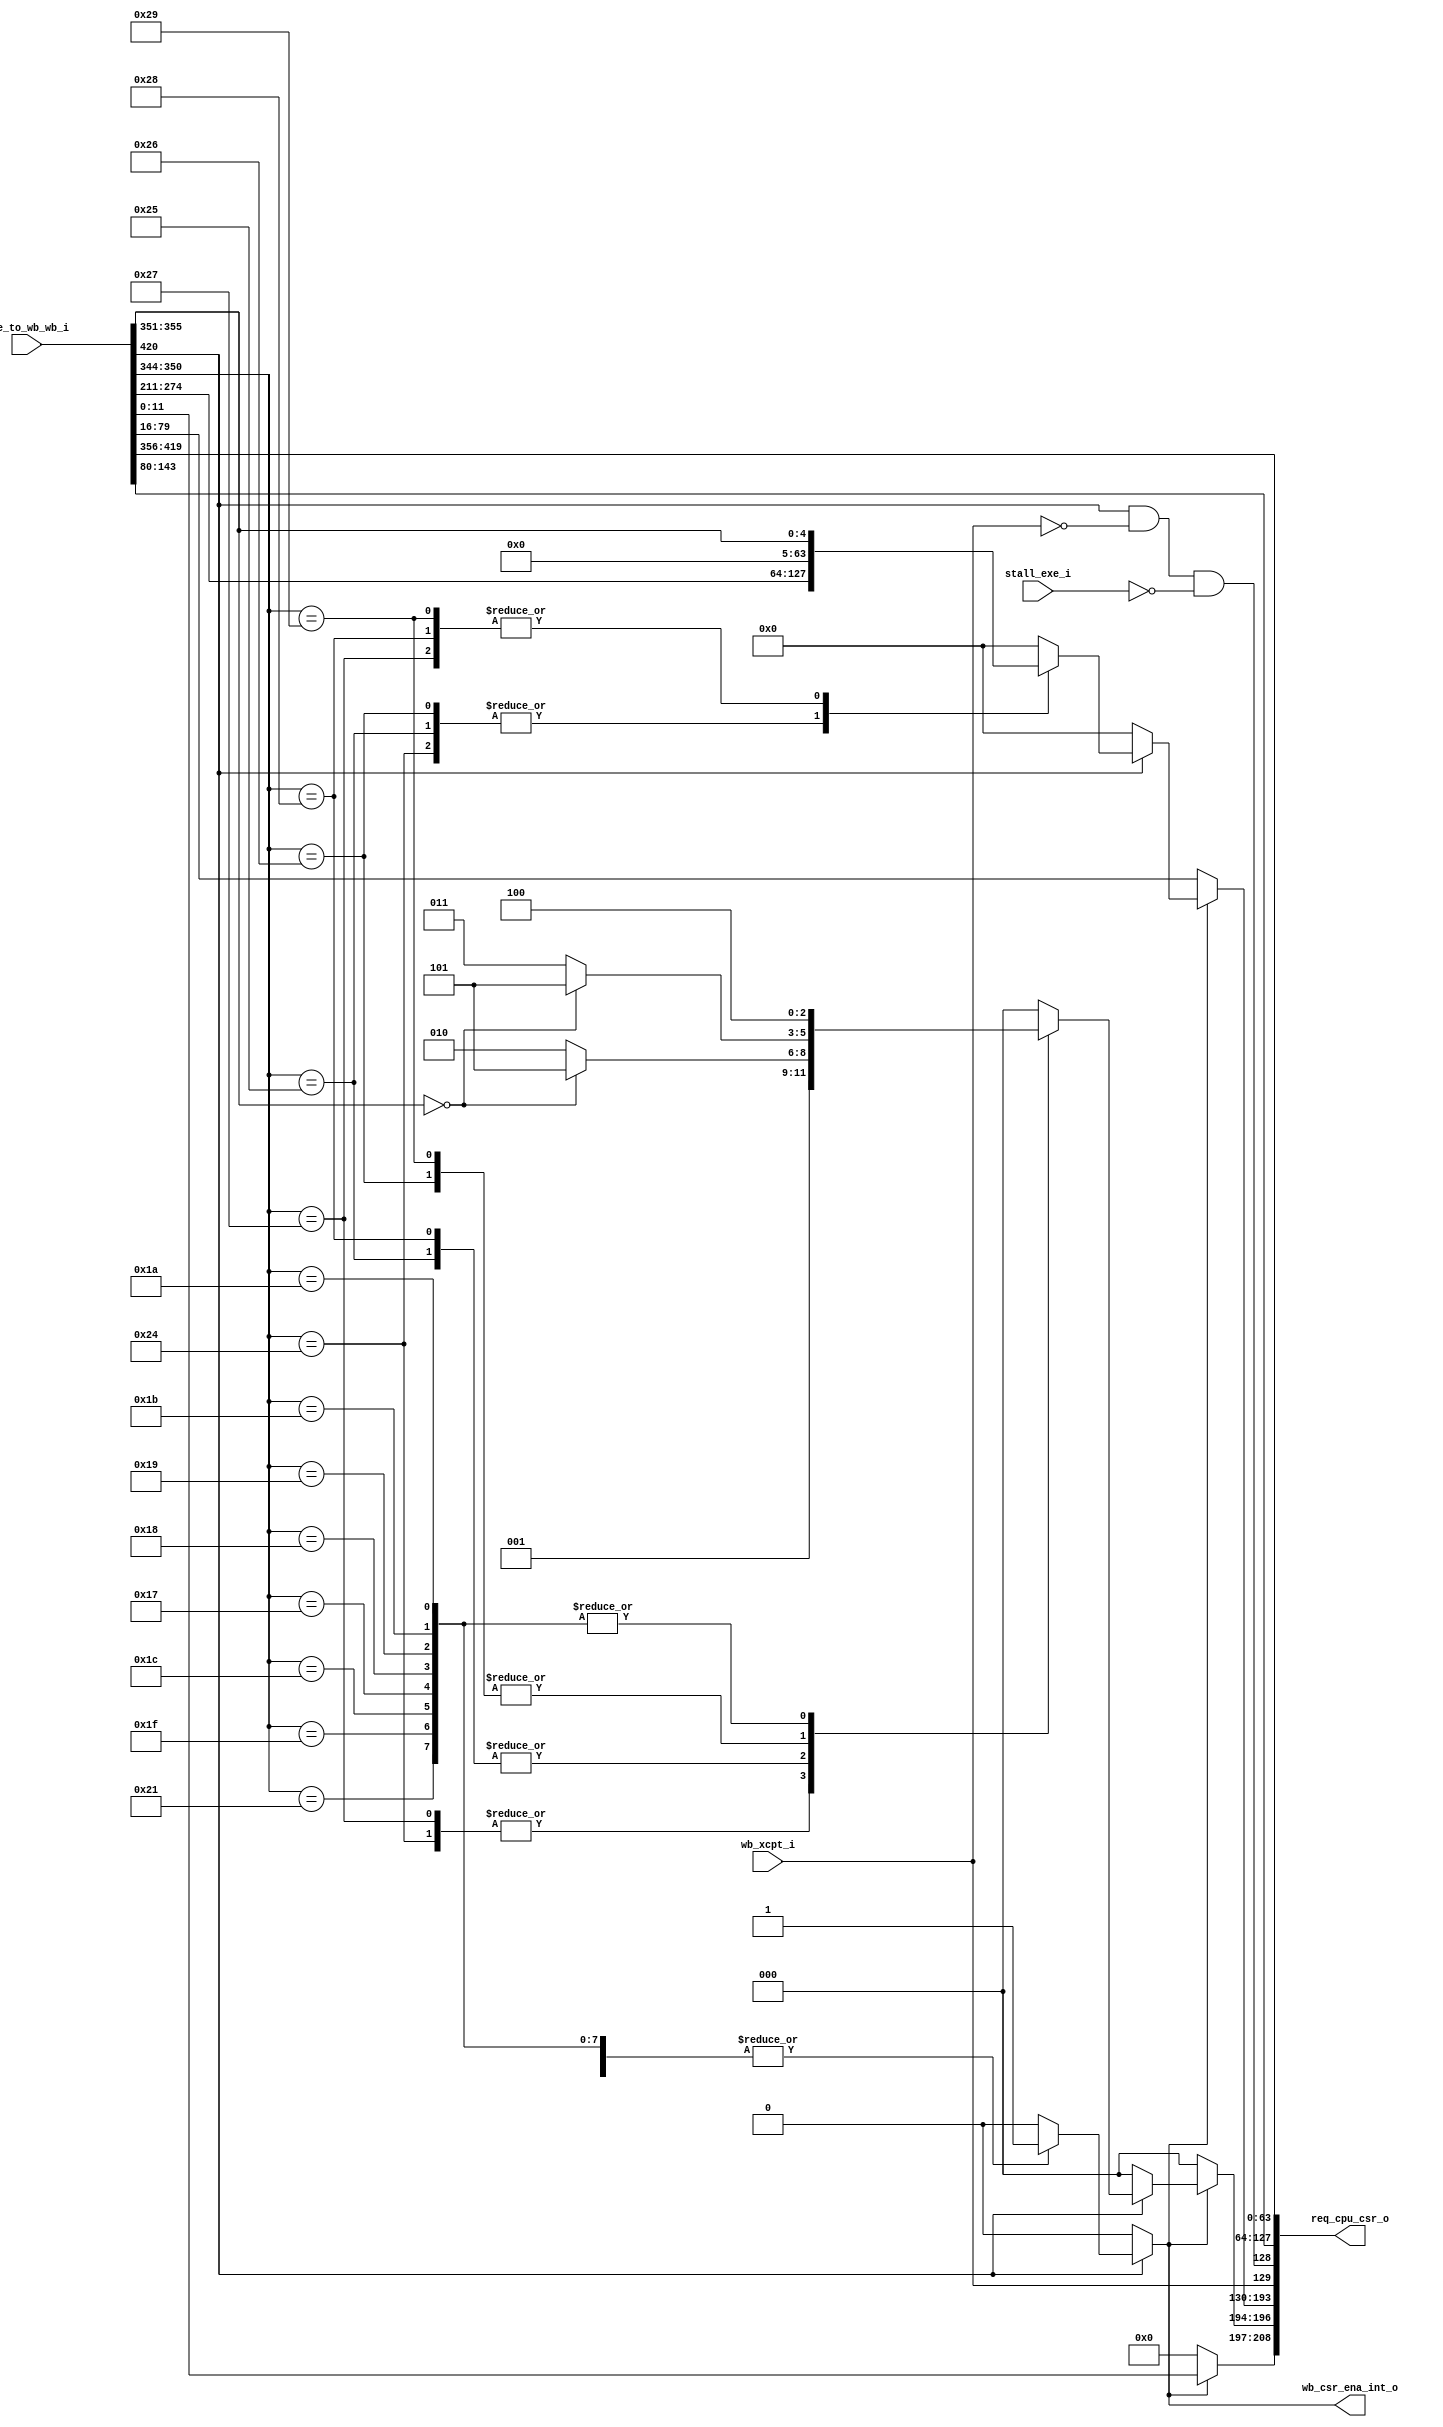
module csr_interface (
	wb_xcpt_i,
	exe_to_wb_wb_i,
	stall_exe_i,
	wb_csr_ena_int_o,
	req_cpu_csr_o
);
	input wire wb_xcpt_i;
	localparam riscv_pkg_XLEN = 64;
	localparam drac_pkg_CSR_ADDR_SIZE = 12;
	localparam drac_pkg_REGFILE_WIDTH = 5;
	input wire [420:0] exe_to_wb_wb_i;
	input wire stall_exe_i;
	output wire wb_csr_ena_int_o;
	localparam drac_pkg_CSR_CMD_SIZE = 3;
	output wire [208:0] req_cpu_csr_o;
	reg [63:0] wb_csr_rw_data_int;
	reg wb_csr_ena_int;
	reg [2:0] wb_csr_cmd_int;
	function automatic [2:0] sv2v_cast_3A8E8;
		input reg [2:0] inp;
		sv2v_cast_3A8E8 = inp;
	endfunction
	always @(*) begin
		wb_csr_cmd_int = sv2v_cast_3A8E8(3'b000);
		wb_csr_rw_data_int = 64'b0000000000000000000000000000000000000000000000000000000000000000;
		wb_csr_ena_int = 1'b0;
		if (exe_to_wb_wb_i[420])
			case (exe_to_wb_wb_i[350-:7])
				7'd36: begin
					wb_csr_cmd_int = sv2v_cast_3A8E8(3'b001);
					wb_csr_rw_data_int = exe_to_wb_wb_i[274-:64];
					wb_csr_ena_int = 1'b1;
				end
				7'd37: begin
					wb_csr_cmd_int = (exe_to_wb_wb_i[355-:5] == 'h0 ? sv2v_cast_3A8E8(3'b101) : sv2v_cast_3A8E8(3'b010));
					wb_csr_rw_data_int = exe_to_wb_wb_i[274-:64];
					wb_csr_ena_int = 1'b1;
				end
				7'd38: begin
					wb_csr_cmd_int = (exe_to_wb_wb_i[355-:5] == 'h0 ? sv2v_cast_3A8E8(3'b101) : sv2v_cast_3A8E8(3'b011));
					wb_csr_rw_data_int = exe_to_wb_wb_i[274-:64];
					wb_csr_ena_int = 1'b1;
				end
				7'd39: begin
					wb_csr_cmd_int = sv2v_cast_3A8E8(3'b001);
					wb_csr_rw_data_int = {59'b00000000000000000000000000000000000000000000000000000000000, exe_to_wb_wb_i[355-:5]};
					wb_csr_ena_int = 1'b1;
				end
				7'd40: begin
					wb_csr_cmd_int = (exe_to_wb_wb_i[355-:5] == 'h0 ? sv2v_cast_3A8E8(3'b101) : sv2v_cast_3A8E8(3'b010));
					wb_csr_rw_data_int = {59'b00000000000000000000000000000000000000000000000000000000000, exe_to_wb_wb_i[355-:5]};
					wb_csr_ena_int = 1'b1;
				end
				7'd41: begin
					wb_csr_cmd_int = (exe_to_wb_wb_i[355-:5] == 'h0 ? sv2v_cast_3A8E8(3'b101) : sv2v_cast_3A8E8(3'b011));
					wb_csr_rw_data_int = {59'b00000000000000000000000000000000000000000000000000000000000, exe_to_wb_wb_i[355-:5]};
					wb_csr_ena_int = 1'b1;
				end
				7'd26, 7'd27, 7'd25, 7'd24, 7'd23, 7'd28, 7'd31, 7'd33: begin
					wb_csr_cmd_int = sv2v_cast_3A8E8(3'b100);
					wb_csr_rw_data_int = 64'b0000000000000000000000000000000000000000000000000000000000000000;
					wb_csr_ena_int = 1'b1;
				end
				default: wb_csr_ena_int = 1'b0;
			endcase
	end
	assign req_cpu_csr_o[208-:12] = (wb_csr_ena_int ? exe_to_wb_wb_i[11-:drac_pkg_CSR_ADDR_SIZE] : {drac_pkg_CSR_ADDR_SIZE {1'b0}});
	assign req_cpu_csr_o[196-:3] = (wb_csr_ena_int ? wb_csr_cmd_int : sv2v_cast_3A8E8(3'b000));
	assign req_cpu_csr_o[193-:64] = (wb_csr_ena_int ? wb_csr_rw_data_int : exe_to_wb_wb_i[79-:64]);
	assign req_cpu_csr_o[129] = wb_xcpt_i;
	assign req_cpu_csr_o[128] = (exe_to_wb_wb_i[420] && !wb_xcpt_i) && !stall_exe_i;
	assign req_cpu_csr_o[127-:64] = exe_to_wb_wb_i[143-:64];
	assign req_cpu_csr_o[63-:64] = exe_to_wb_wb_i[419-:64];
	assign wb_csr_ena_int_o = wb_csr_ena_int;
endmodule